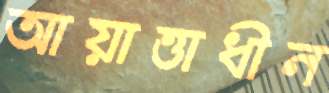
আয়াত্তাধীন